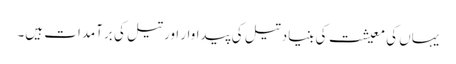
یہاں کی معیشت کی بنیاد تیل کی پیداوار اور تیل کی برآمدات ہیں۔